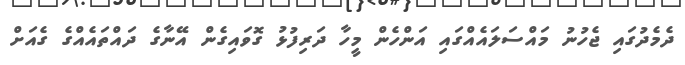
ދެމެދުގައި ޖެހުނު މައްސަލައެއްގައި އަންހެން މީހާ ދަރިފުޅު ގޮވައިގެން އޭނާގެ ދައްތައެއްގެ ގެއަށް